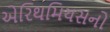
એરિથમિયસનો